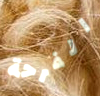
الفرحة